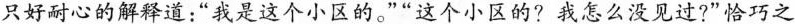
只好耐心的解释道：”我是这个小区的。”“这个小区的?我怎么没见过?”恰巧之